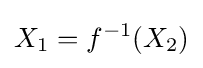
X_{1}=f^{-1}(X_{2})